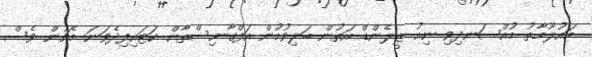
މައުލޫމާތު މުއްސަނދިވި ނިއު ޒީލެންޑް އަތުން ބަލިވުމުން އަފްގާނިސްތާން ކަޓައިފިދެވަނަ މެޗުން ވެސް